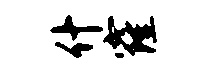
什窿